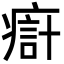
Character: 㾵